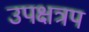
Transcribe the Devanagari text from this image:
उपक्षत्रप